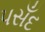
પસઁદ